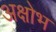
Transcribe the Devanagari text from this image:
अक्षोभ